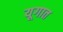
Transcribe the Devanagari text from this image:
यूगात